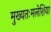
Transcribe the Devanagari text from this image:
मुख्यतःमलेशिया